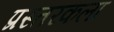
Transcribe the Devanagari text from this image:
प्रस्तरकला